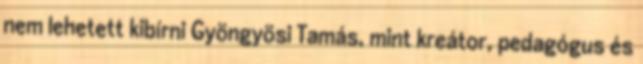
nem lehetett kibírni Gyöngyösi Tamás, mint kreátor, pedagógus és